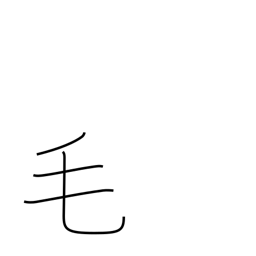
Meaning: fur